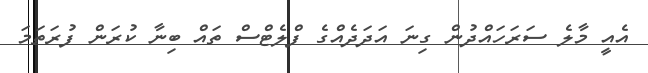
އެއީ މާލެ ސަރަހައްދުން ގިނަ އަދަދެއްގެ ފްލެޓްސް ތައް ބިނާ ކުރަން ފުރަތަމަ